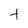
Character: t